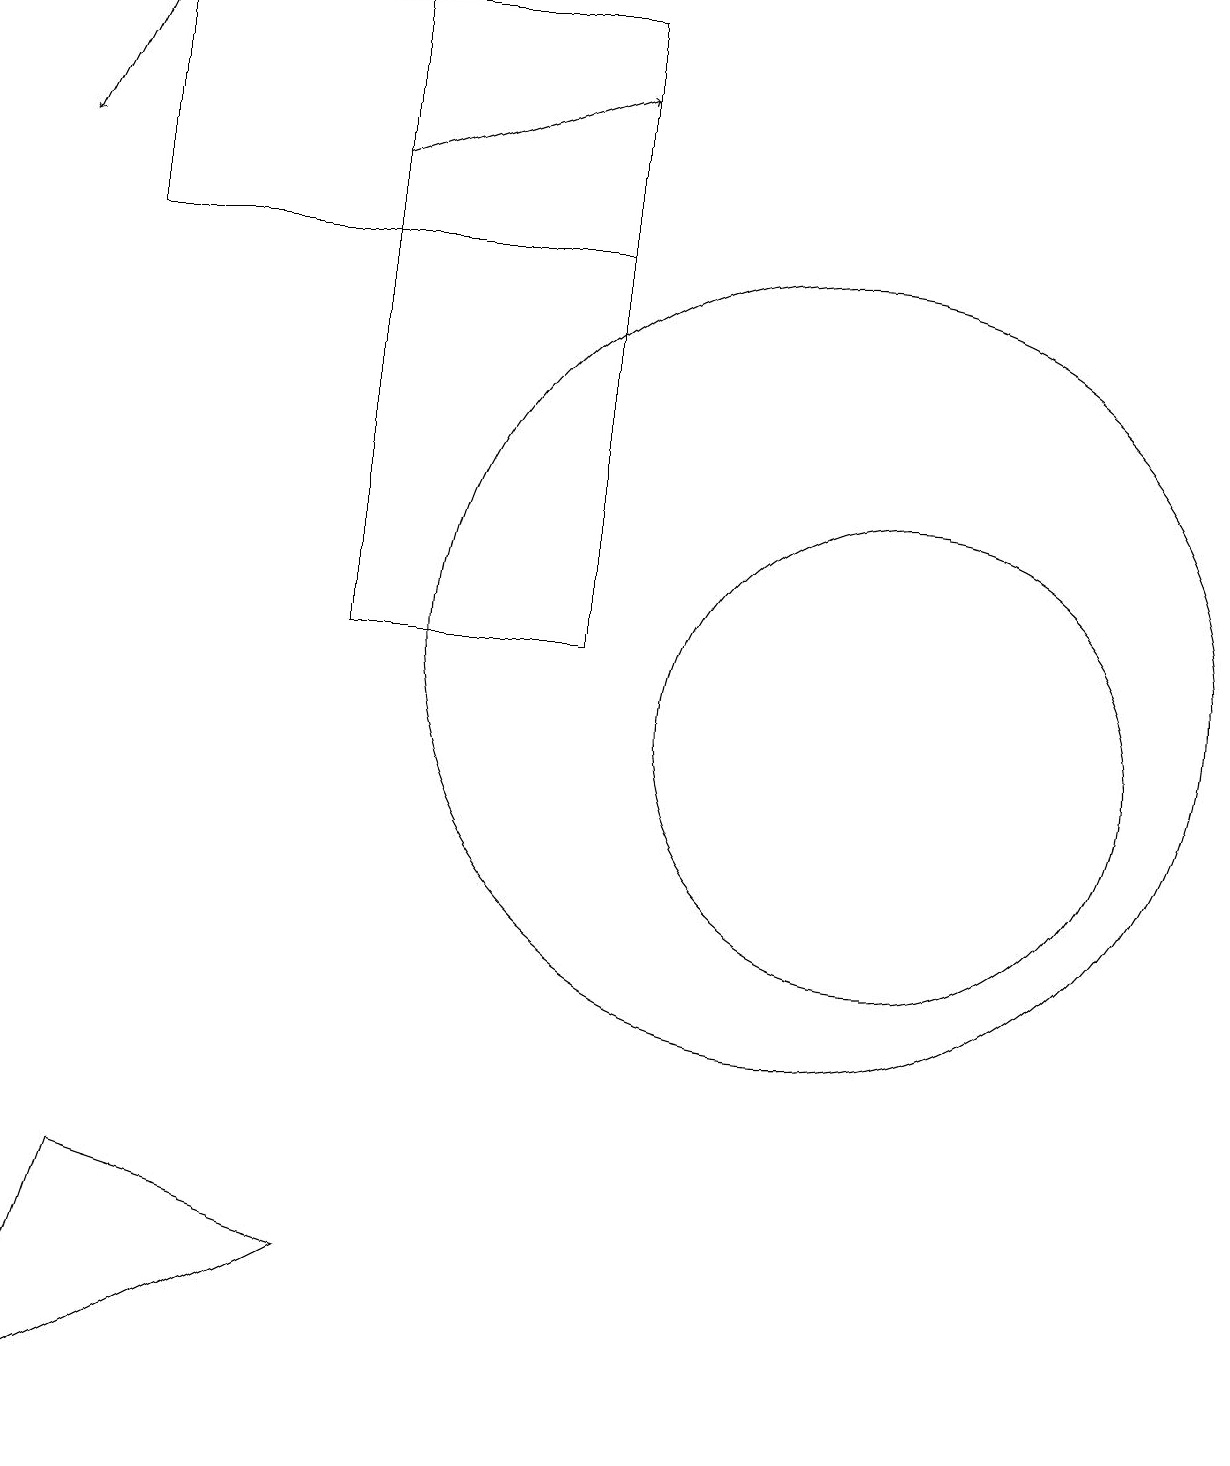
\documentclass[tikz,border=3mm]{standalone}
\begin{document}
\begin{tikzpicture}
\draw (4,3) -- (1,4) -- (0,1) -- cycle;
\draw[->] (1,19) -- (0,17);
\draw (4,19) rectangle (7,11);
\draw (11,10) circle (3);
\draw (10,11) circle (5);
\draw[->] (4,17) -- (7,18);
\draw (7,16) rectangle (1,19);
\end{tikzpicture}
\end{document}